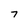
Character: 7